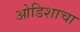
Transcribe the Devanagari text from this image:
ओडिशाचा